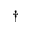
^ \dagger